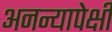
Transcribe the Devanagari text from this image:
अनन्यापेक्षी